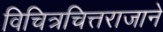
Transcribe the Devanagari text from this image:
विचित्रचित्तराजाने